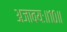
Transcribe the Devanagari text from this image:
अजावयः॥१०॥